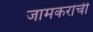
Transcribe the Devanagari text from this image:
जामकरांची